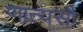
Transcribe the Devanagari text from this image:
णात्यसौ